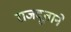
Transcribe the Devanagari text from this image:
राजदूताने